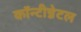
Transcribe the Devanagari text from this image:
कॉन्टीन्नेटल